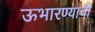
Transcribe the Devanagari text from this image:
ऊभारण्याची